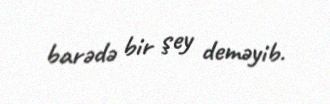
barədə bir şey deməyib.